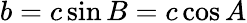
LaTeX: b=c\sin B=c\cos A